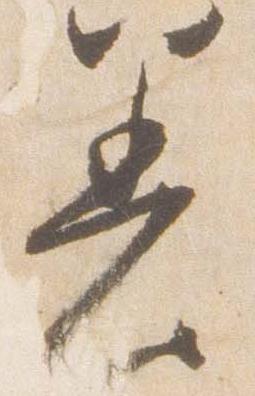
着